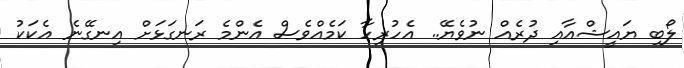
ލޯބި ޔައީޝްއާއި ދުރެއް ނުވެޔޭ.. އެހުރިހާ ކަމެއްވެސް އެންމެ ރަނގަޅަށް އިނގޭނެ އެކަކު